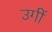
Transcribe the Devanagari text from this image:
उगीं